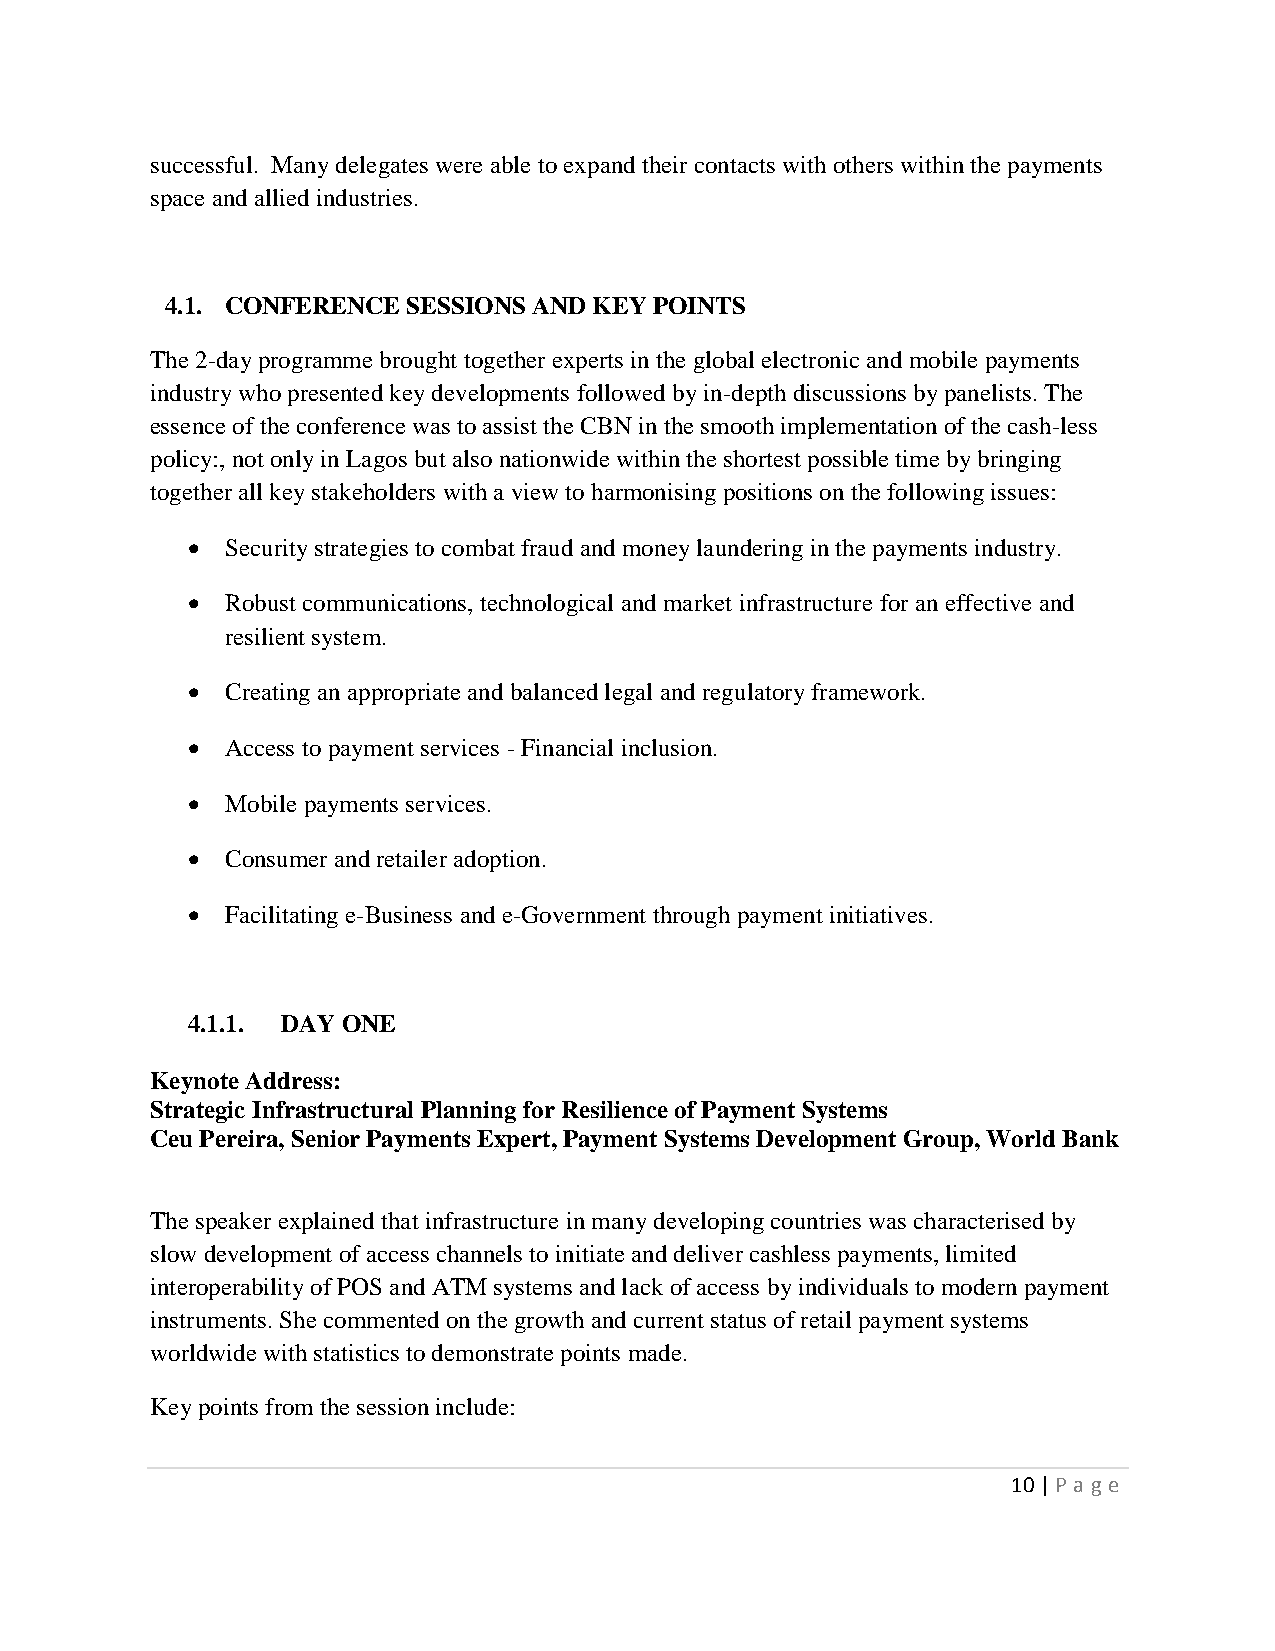
successful. Many delegates were able to expand their contacts with others within the payments
 space and allied industries.
 4.1. CONFERENCE SESSIONS AND KEY POINTS
 The 2-day programme brought together experts in the global electronic and mobile payments
 industry who presented key developments followed by in-depth discussions by panelists. The
 essence of the conference was to assist the CBN in the smooth implementation of the cash-less
 policy:, not only in Lagos but also nationwide within the shortest possible time by bringing
 together all key stakeholders with a view to harmonising positions on the following issues:
   Security strategies to combat fraud and money laundering in the payments industry.
   Robust communications, technological and market infrastructure for an effective and
 resilient system.
   Creating an appropriate and balanced legal and regulatory framework.
   Access to payment services - Financial inclusion.
   Mobile payments services.
   Consumer and retailer adoption.
   Facilitating e-Business and e-Government through payment initiatives.
 4.1.1. DAY ONE
 Keynote Address:
 Strategic Infrastructural Planning for Resilience of Payment Systems
 Ceu Pereira, Senior Payments Expert, Payment Systems Development Group, World Bank
 The speaker explained that infrastructure in many developing countries was characterised by
 slow development of access channels to initiate and deliver cashless payments, limited
 interoperability of POS and ATM systems and lack of access by individuals to modern payment
 instruments. She commented on the growth and current status of retail payment systems
 worldwide with statistics to demonstrate points made.
 Key points from the session include:
 10 | P age